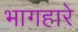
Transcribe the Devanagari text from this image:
भागहारे